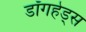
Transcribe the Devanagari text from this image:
डॉगहेड्स